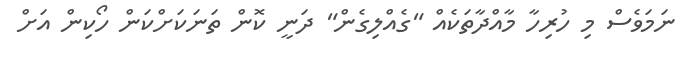
ނަމަވެސް މި ހުރިހާ މާއްދާތަކެއް "ގެއްލިގެން" ދަނީ ކޮން ތަނަކަށްކަން ހޯކިން އަށް